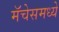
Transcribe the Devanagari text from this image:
मॅचेसमध्ये